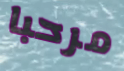
مرحبا